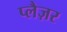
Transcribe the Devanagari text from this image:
प्लैज़र